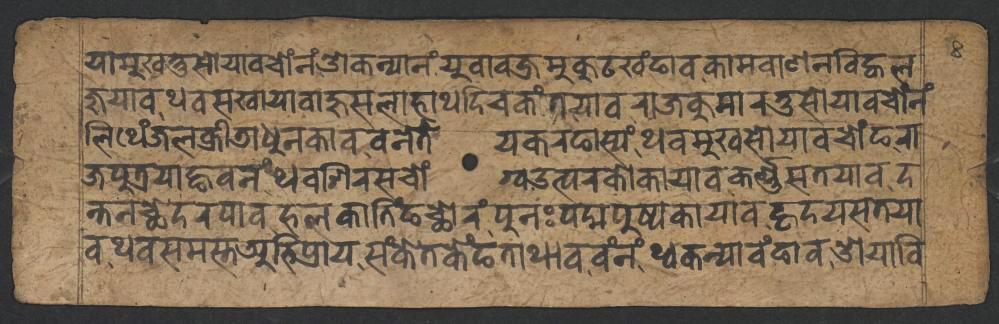
𑐫𑐵𑐩𑐸𑐏𑐟𑑂𑐟𑐸𑐳𑑀𑐫𑐵𑐰𑐔𑑀𑑄𑐣𑑄𑐌𑐎𑐣𑑂𑐫𑐵𑐣𑑄𑐫𑐸𑐰𑐵𑐰𑐖𑑂𑐬𑐩𑐸𑐎𑐸𑐚𑐏𑑄𑐒𑐵𑐰𑐎𑐵𑐩𑐧𑐵𑐞𑐣𑐰𑐶𑐖𑑂𑐰𑐮 𑐖𑐸𑐫𑐵𑐰𑐠𑐰𑐳𑐏𑐵𑐫𑐵𑐧𑐵𑐴𑐸𑐳𑐮𑐵𑐴𑐵𑐠𑐡𑐶𑐔𑐎𑑄𑐟𑐫𑐵𑐰𑐬𑐵𑐖𑐎𑐸𑐩𑐵𑐬𑐟𑐸𑐳𑑀𑐫𑐵𑐰𑐔𑑀𑑄𑐣𑑄 𑐮𑐶𑐠𑐾𑑄𑐖𑐮𑐎𑑂𑐬𑐷𑐜𑐵𑐢𑐸𑐣𑐎𑐵𑐰𑐰𑐣𑐾𑐟𑐾𑐫𑐎𑐬𑐒𑐵𑐳𑑂𑐫𑑄𑐠𑐰𑐩𑐸𑐏𑐳𑑀𑐫𑐵𑐰𑐔𑑀𑑄𑐒𑐬𑐵 𑐖𑐥𑐸𑐟𑑂𑐬𑐫𑐵𑐒𑑂𑐴𑐰𑐣𑑄𑐠𑐰𑐱𑐶𑐬𑐳𑐔𑑀𑑄𑐐𑑂𑐰𑑁𑐟𑑂𑐥𑐬𑐎𑑀𑐫𑐵𑐰𑐎𑐬𑑂𑐞𑑂𑐞𑐳𑐟𑐫𑐵𑐰𑐡 𑐣𑑂𑐟𑐣𑐕𑐾𑐡𑐬𑐥𑐵𑐰𑐴𑐮𑐎𑐵𑐟𑐶𑑄𑐒𑐕𑑀𑐬𑑄𑐥𑐸𑐣𑑅𑐥𑐡𑑂𑐩𑐥𑐸𑐲𑑂𑐥𑐎𑐵𑐫𑐵𑐰𑐴𑐺𑐡𑐫𑐳𑐟𑐫𑐵 𑐰𑐠𑐰𑐳𑐩𑐳𑑂𑐟𑐀𑐨𑐶𑐥𑑂𑐬𑐵𑐫𑐳𑑄𑐎𑐾𑐟𑐎𑐾𑑄𑐒𑐟𑐵𑐠𑐵𑐰𑐰𑑄𑐣𑑄𑐠𑑂𑐰𑐎𑐣𑑂𑐫𑐵𑐰𑑄𑐒𑐵𑐰𑐌𑐫𑐵𑐰𑐶